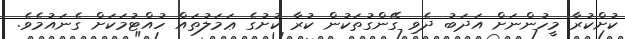
ކުށްކުރާ މީހުންނަށް އަދަބު ދެވި ގޭންގުތަކުން ކުރާ ކުށުގެ ޢަމަލުތައް ހުއްޓުމަކަށް ގެނައުމެވެ.